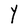
Character: Y